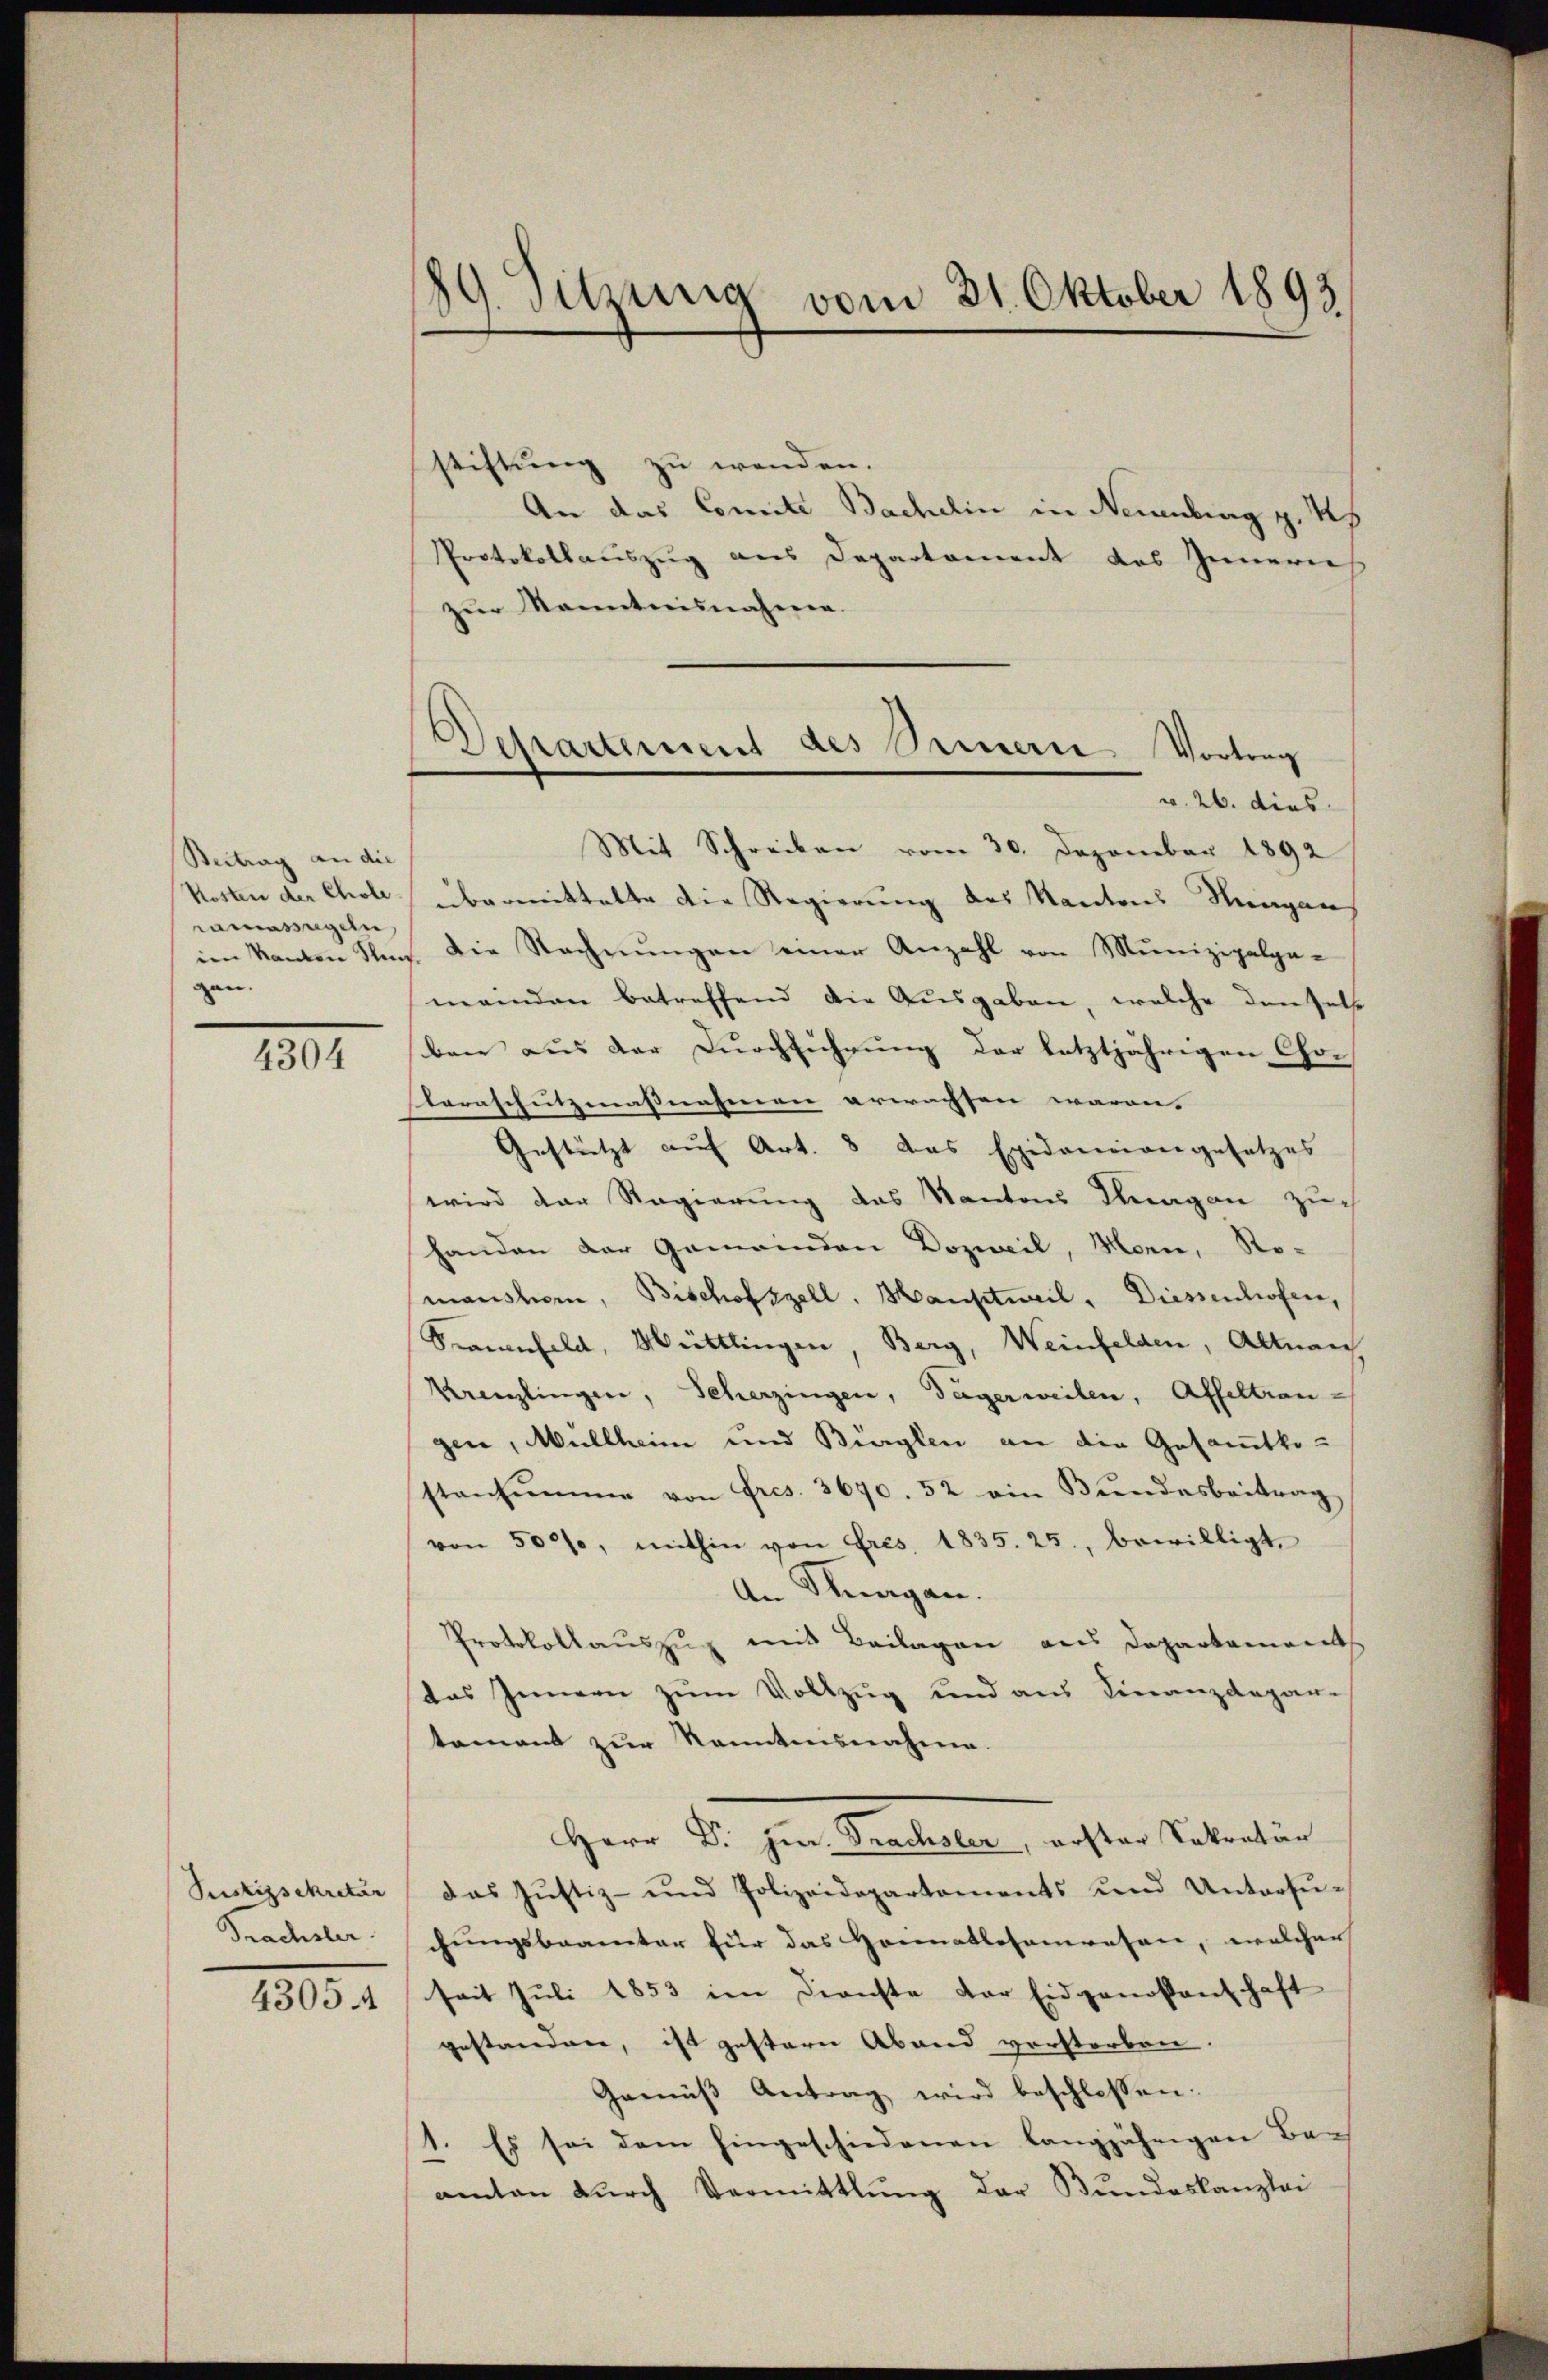
Beitrag an die
Kosten der Chole.
ramasigen,
im Kanton Thun
gen.

4304

Sustizsekretär
Prachsler.
43054

189. Sitzung vom 21. Oktober 1893

Departement des Omerie Vortrag
v. 26. dies

stiftung zu wenden.
An das Comite Bachelin in Neuenburg z. Us
Protokollauszug aus Departement des Innerneh
zŭr Kenntnisnahme.
Mit Schreiben vom 30. Dezember 1892
übermittalte die Regierung des Kantons Hungen
Die Rechnŭngen einer Anzahl von Munizipalpa-
meinden betreffend die Ausgaben, welche den Zete
bair aus der Durchführung der letztjährigen Cha-
laraschutzmassnahmen erwachsen waren.
Gestützt auf Art. 8 das Epidareiangesetzes
wird der Regierung des Kantons Tagen zu
Handen der Gemeinden Dozweil, Morn, Ro-
manshorn, Bischofszell. Hauptweil, Diessenhofen,
Srauenfeld, Müttlingen, Berg, Weinfelden, Altnau
Krenzlingen, Scherzingen, Tägerweilen, Affeltran
gen, Müllheim und Bürglen an die Gesamtkostensumme von Fres. 3670. 52 ein Bŭndesbeitrag
von 500f, mithin von Fris, 1835. 25., bewilligt,
An Klagen.
Protokollauszug mit Beilagen aus Departement
das Innern zum Vollzug und aus Finanzdepar-
tament zur kanntensnahme.
Herr Dr. jur. Frachsler, erster Sekretär
das Justiz- und Polizeidepartements und Untersuchungsbeamter für das Heimatlosenwesen, welcher
seit Juli 1853 im Dienste der Eidgenossenschaft
gestanden, ist gestern Abend verstorben.
Gemäss Antrag wird beschlossen:
1. Es sei dem hingeschiedenen langjährigen Bau
amten durch Vermittlung der Bundeskanzlei